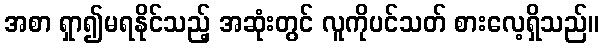
အစာ ရှာ၍မရနိုင်သည့် အဆုံးတွင် လူကိုပင်သတ် စားလေ့ရှိသည်။